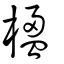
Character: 楹